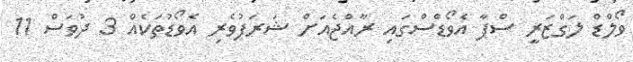
ވޯލްޑް ލަގްޒަރީ ސްޕާ އެވޯޑްސްގައި ރާއްޖެއަށް ޝަރަފުވެރި އެވޯޑުތަކެއް 3 ދުވަސް 11